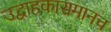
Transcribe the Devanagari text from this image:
उद्वाहकासमानच